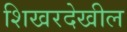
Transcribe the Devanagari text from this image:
शिखरदेखील